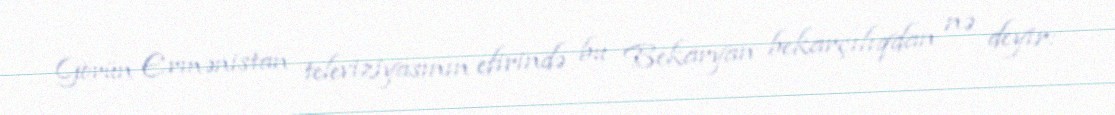
Görün Ermənistan televiziyasının efirində bu Bekaryan bekarçılıqdan nə deyir: